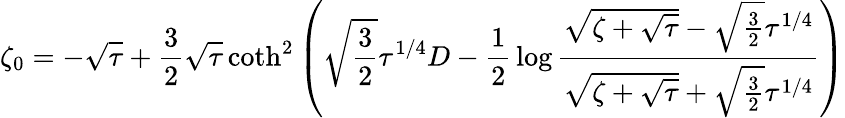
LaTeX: \zeta_{0}=-\sqrt\tau+{\frac{3}{2}}\sqrt\tau\coth^{2}\left(\sqrt{\frac{3}{2}}\tau^{1/4}D-{\frac{1}{2}}\log{\frac{\sqrt{\zeta+\sqrt\tau}-\sqrt{\frac{3}{2}}\tau^{1/4}}{\sqrt{\zeta+\sqrt\tau}+\sqrt{\frac{3}{2}}\tau^{1/4}}}\right)